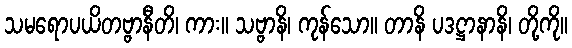
သမရောပယိတဗ္ဗာနီတိ၊ ကား။ သဗ္ဗာနိ၊ ကုန်သော။ တာနိ ပဒဋ္ဌာနာနိ၊ တို့ကို။